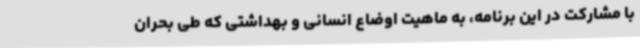
با مشارکت در این برنامه، به ماهیت اوضاع انسانی و بهداشتی که طی بحران